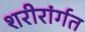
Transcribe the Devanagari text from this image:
शरीरांर्गत